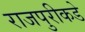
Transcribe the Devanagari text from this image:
राजपुरीकडे